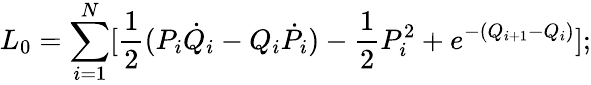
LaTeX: L_{0}=\sum_{i=1}^{N}[{\frac{1}{2}}(P_{i}{\dot{Q}}_{i}-Q_{i}{\dot{P}}_{i})-{\frac{1}{2}}P_{i}^{2}+{e^{-(Q_{i+1}-Q_{i})}}];